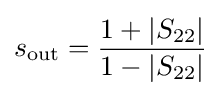
s_{\mathrm {out} }={\frac {1+\left|S_{22}\right|}{1-\left|S_{22}\right|}}